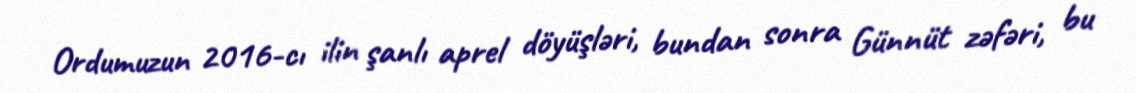
Ordumuzun 2016-cı ilin şanlı aprel döyüşləri, bundan sonra Günnüt zəfəri, bu